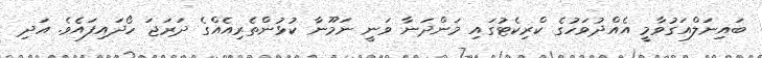
ބައިނަލްއަގުވާމީ އެއްދުވަހުގެ ކްރިކެޓުގައި މަންދަނާ ވަނީ ނަމޫނާ ކުޅުންތެރިއެއްގެ ދަރަޖަ ހޯދައިފައެވެ. އަދި